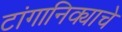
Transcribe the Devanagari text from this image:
टांगानिक्याचे